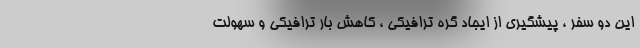
این دو سفر ، پیشگیری از ایجاد گره ترافیکی ، کاهش بار ترافیکی و سهولت